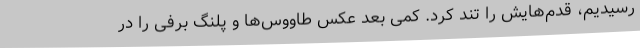
رسیدیم، قدم‌هایش را تند کرد. کمی بعد عکس طاووس‌ها و پلنگ برفی را در